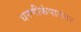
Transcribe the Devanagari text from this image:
धरणीकंपानंतर